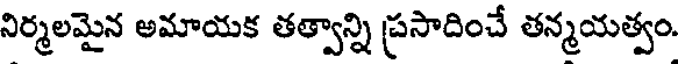
నిర్మలమైన అమాయక తత్వాన్ని ప్రసాదించే తన్మయత్వం.